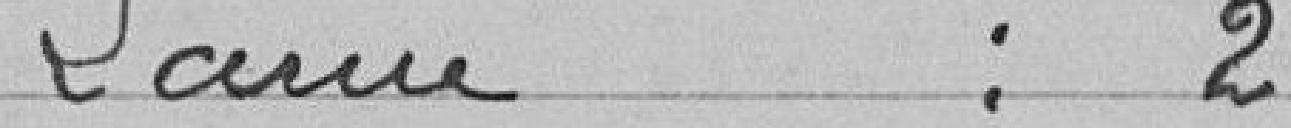
Larue : 2 voix